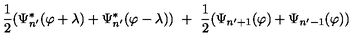
{ \frac { 1 } { 2 } } ( \Psi _ { n ^ { \prime } } ^ { * } ( \varphi + \lambda ) + \Psi _ { n ^ { \prime } } ^ { * } ( \varphi - \lambda ) ) \ + \ { \frac { 1 } { 2 } } ( \Psi _ { n ^ { \prime } + 1 } ( \varphi ) + \Psi _ { n ^ { \prime } - 1 } ( \varphi ) )